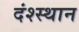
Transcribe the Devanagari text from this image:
दंश्स्थान